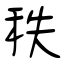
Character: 秩